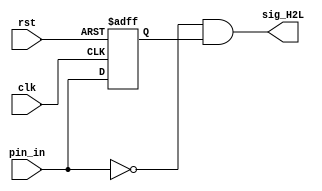
`timescale 1ns / 1ps
module H2L_detect(
    input clk,
    input rst,
    input pin_in,
    output sig_H2L
    );
    //
    reg pin_pre;
    assign sig_H2L = !pin_in & pin_pre;
    always @( posedge clk or posedge rst )
        if( rst )
            pin_pre <= 1'b0;
        else
            pin_pre <= pin_in;
    
endmodule